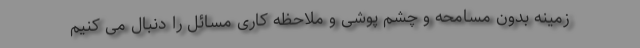
زمینه بدون مسامحه و چشم پوشی و ملاحظه کاری مسائل را دنبال می کنیم